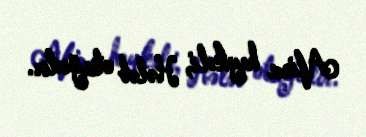
Afina heykəli, Hələb otağıdır.